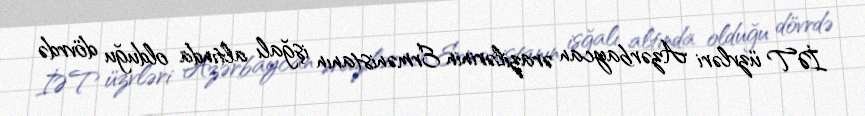
İƏT üzvləri Azərbaycan ərazilərinin Ermənistanın işğalı altında olduğu dövrdə